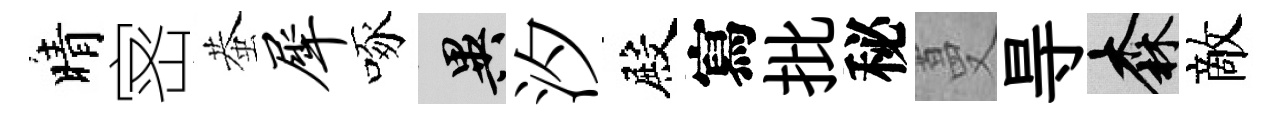
晴宻蛬犀啄异汐殿寫批秘蔓㝵森敵